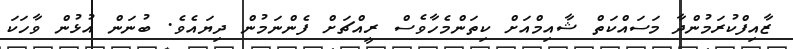
ޒާއިފްކުރަމުންދާ މަސައްކަތް ޝާއިމްއަށް ކިތަންމެހާވެސް ރީއްޗަށް ފެންނަމުން ދިޔައެވެ. ބުނަން އުޅުން ވާހަކަ